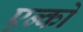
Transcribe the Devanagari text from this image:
एन्को